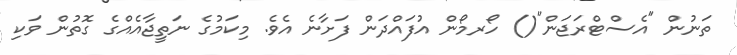
ތަނުން "އެސްޓްރަޖަން"() ހޯރމޯން އުފައްދަން ފަށާނެ އެވެ. މިކަމުގެ ނަތީޖާއެއްގެ ގޮތުން ވަކި